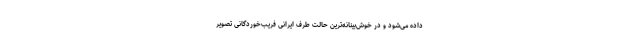
داده می‌شود و در خوش‌بینانه‌ترین حالت طرف ایرانی فریب‌خوردگانی تصویر